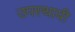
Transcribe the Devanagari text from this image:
उपस्‍थायी